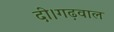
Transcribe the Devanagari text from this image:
दी।गढ़वाल